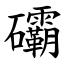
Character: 䃻